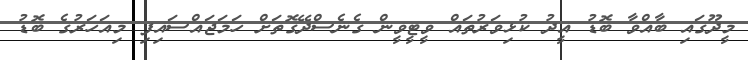
މީދޫގައި ބާއްވާ ބޮޑު އީދު ކުޅިވަރުތައް ވީޓީވީން ގެނެސްދޭގޮތަށް ހަމަޖައްސައިފި މިއަހަރުގެ ބޮޑު